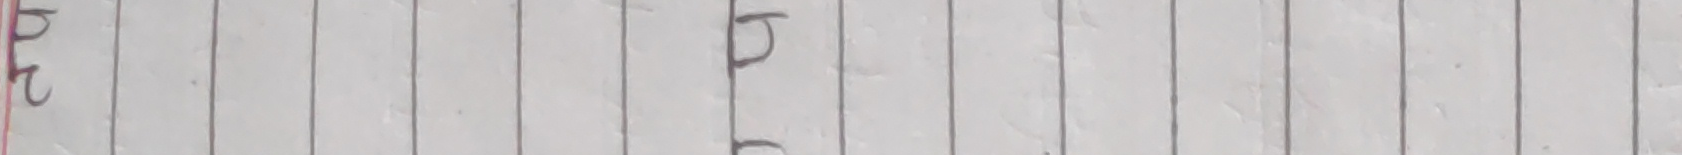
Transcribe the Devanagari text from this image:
ट द